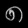
Digit: ၈